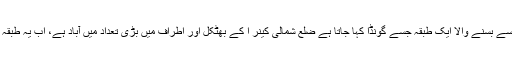
جنگلوں اور پہاڑی علاقوں میں زمانۂ دراز سے بسنے والا ایک طبقہ جسے گونڈا کہا جاتا ہے ضلع شمالی کینر ا کے بھٹکل اور اطراف میں بڑی تعداد میں آباد ہے، اب یہ طبقہ ایک نئی سماجی مصیبت کا شکار ہوگیا ہے۔